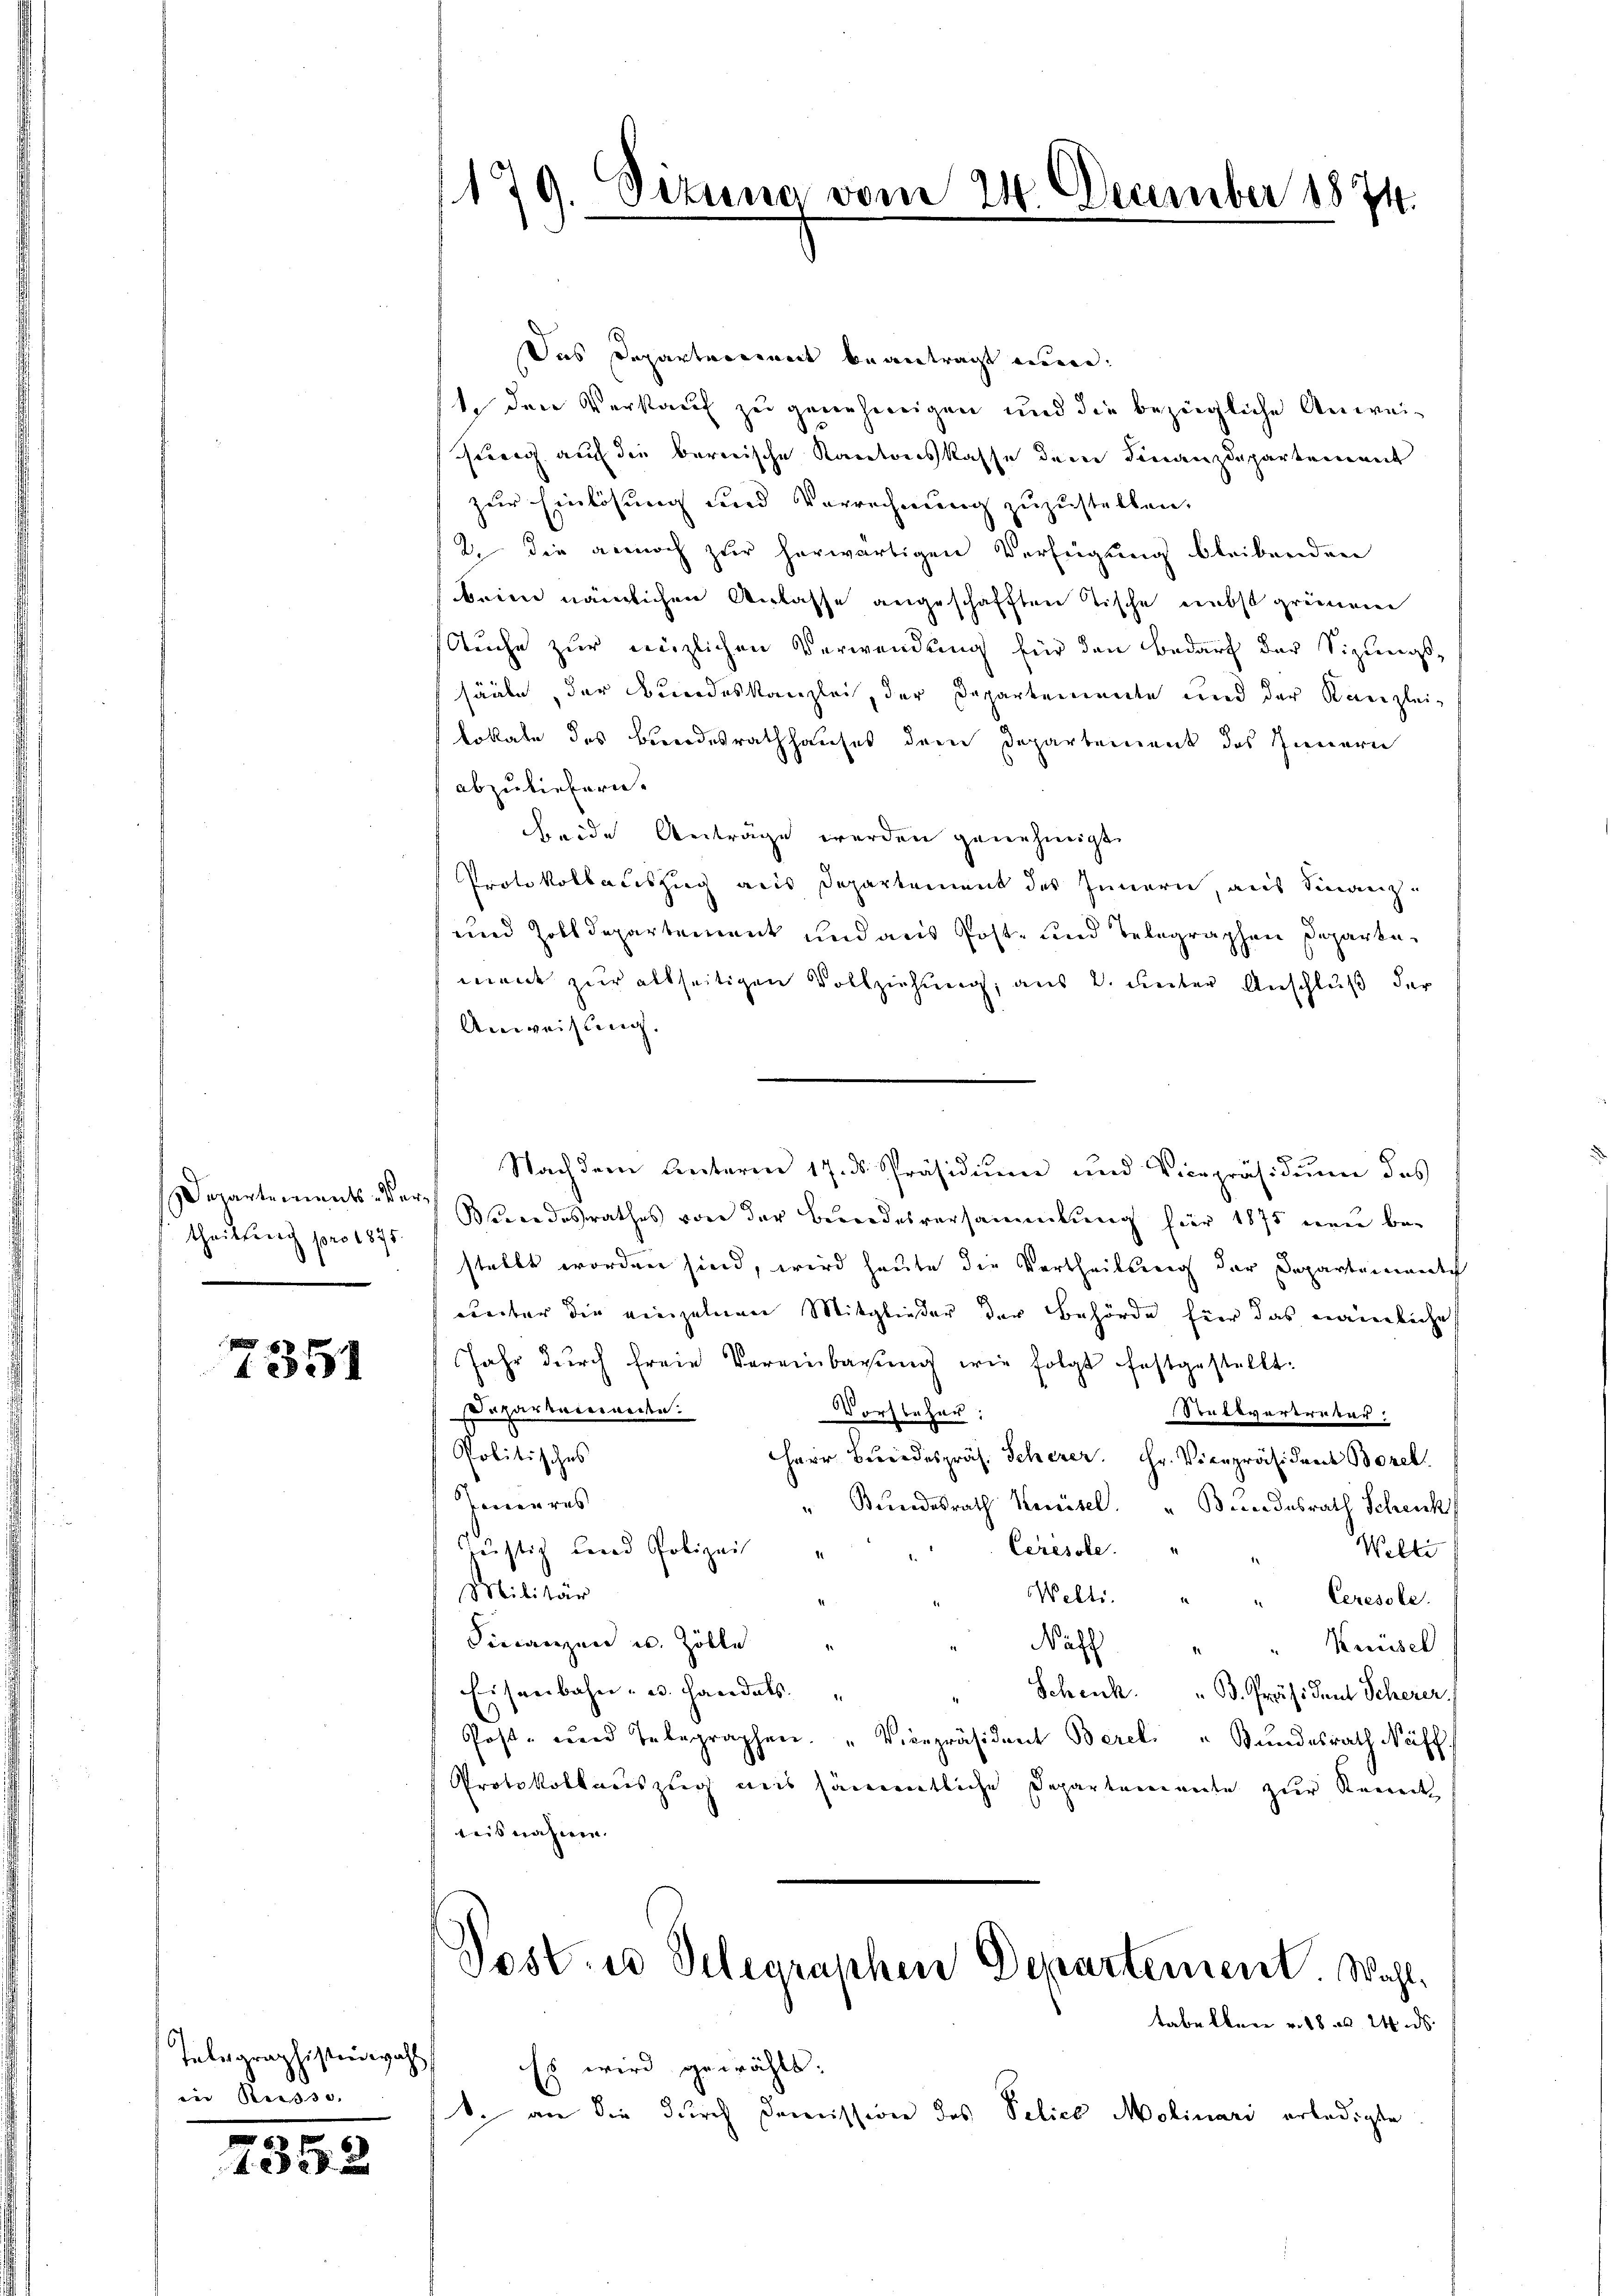
Departements-Ver
theilung pro 1875.

7351

Telegraphistenwahl
in Reisse.

735. 2

179. Dezung vom 24. December 1874.

Das Departerweit beantragt einte den Verkauf zu genehmigen und die bezügliche Anweihörig auf die bereische Kantonskasse dem Finanzdepartement
zur Einlösung und Verrechnung zuzustellen.
2 die annoch zur herwärtigen Verfügung bleibenden
beim nämlichen Anlasse angeschafften Tische nebst grünen
Auche zur Fenzlichen Verwendung für den Bedarf der Sizungs-
sääle, der Bundeskanzlei, der Departemente und der Kanzlei-
lokale des Berordesrathhauses dem Departement des Innern
abzuliefern.
eide Anträge werden genehmigt.
Protokollauszug aus Departement des Innern, aus Finanz¬
und Zolldepartement und aus Post- und belegraphen Departe
ment zur allseitigen Vollziehung, aus 2. Seiter Anschluß der
Anweisung.
Nachdem Unterm 17. ds Präsidium und Vicepräsidium des
Bundesrathes von der Berndesversammlung für 1875 neu bestellt worden sind, wird heute die Vertheilung der Departementch
unter die einzelnen Mitglieder der Behörde hier das nämliche
Jahr dŭrch freie Vereinbarŭng wie folgt festgestellt:
Dapartarerweite.
Vorsteher:
enstvereiter,
Politisches
Herr Beidespräs. Scherer. Hr. Vicepräsident Borel
Jenen ras
" Bŭndesrath Kentel. " Bundesrath Schenk
Justiz Land Polizei
Ceresole
Wilti
1
Militär
Welti.
Ceresole.
Finanzen u. Zölle
Nahl
Krusel
Eisenbahn- u. Handels
Schenk. " B. Präsident Scherer
Post- und Inbegraphen. " Vicepräsident Berel " Bundesrath Neff
Protokollauszug aus sämmtliche Departemente zur Kennt-
teis nähme.
Post- u Selegraphen Departement. Wahltabellen v. 18 n 24. ds.
Es wird gewählt.
1. an die durch Domission des Pelich Molinari erledigte